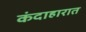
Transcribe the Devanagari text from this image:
कंदाहारात